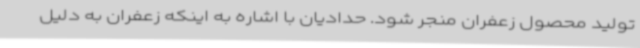
تولید محصول زعفران منجر شود. حدادیان با اشاره به اینکه زعفران به دلیل